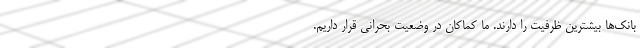
بانک‌ها بیشترین ظرفیت را دارند. ما کماکان در وضعیت بحرانی قرار داریم.